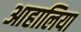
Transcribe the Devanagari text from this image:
आहालिया